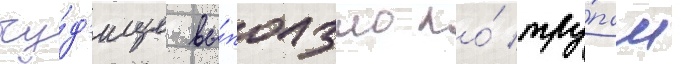
чу́д'ище вы́ползло по́ тру́пам